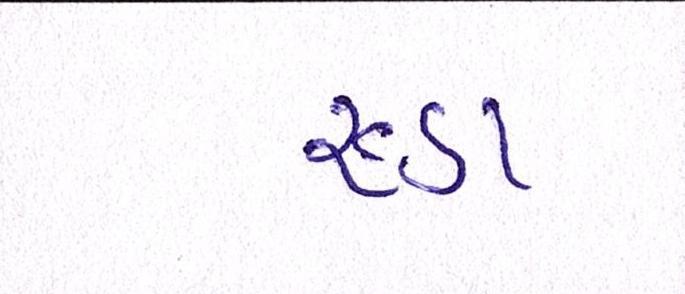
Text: રૂડા